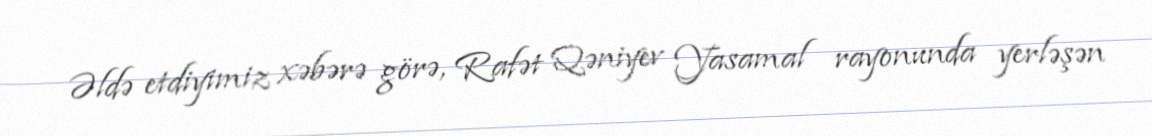
Əldə etdiyimiz xəbərə görə, Rafət Qəniyev Yasamal rayonunda yerləşən